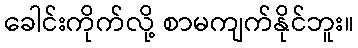
ခေါင်းကိုက်လို့ စာမကျက်နိုင်ဘူး။